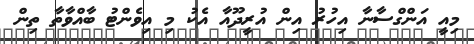
މިއީ އަންގްސާނާ އިހުރު އިން އުރީދޫއާ އެކު މި އިވެންޓު ބާއްވާތާ ތިން